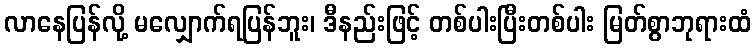
လာနေပြန်လို့ မလျှောက်ရပြန်ဘူး၊ ဒီနည်းဖြင့် တစ်ပါးပြီးတစ်ပါး မြတ်စွာဘုရားထံ